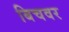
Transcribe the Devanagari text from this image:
बिचवर